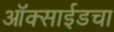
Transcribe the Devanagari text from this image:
ऑक्साईडचा